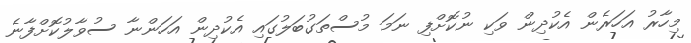
މިހާރު އަހަރެން އެކުދިން ވަކި ނުކޮށްފި ނަމަ މުސްތަގުބަލުގައި އެކުދިން އަހަންނާ ސުވާލުކޮށްފާނެ